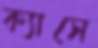
ক্যাসে